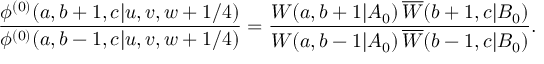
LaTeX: \displaystyle { \frac { \phi ^ { ( 0 ) } ( a , b + 1 , c | u , v , w + 1 / 4 ) } { \phi ^ { ( 0 ) } ( a , b - 1 , c | u , v , w + 1 / 4 ) } } = \displaystyle { \frac { W ( a , b + 1 | A _ { 0 } ) \, \overline { { { W } } } ( b + 1 , c | B _ { 0 } ) } { W ( a , b - 1 | A _ { 0 } ) \, \overline { { { W } } } ( b - 1 , c | B _ { 0 } ) } } .